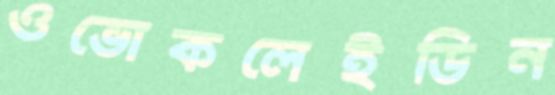
ওভোকলেইডিন